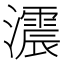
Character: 𤂪